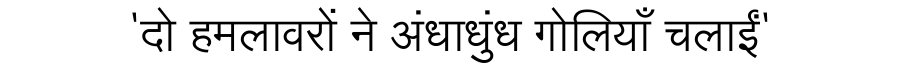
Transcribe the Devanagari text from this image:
'दो हमलावरों ने अंधाधुंध गोलियाँ चलाईं'